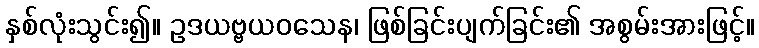
နှစ်လုံးသွင်း၍။ ဥဒယဗ္ဗယဝသေန၊ ဖြစ်ခြင်းပျက်ခြင်း၏ အစွမ်းအားဖြင့်။